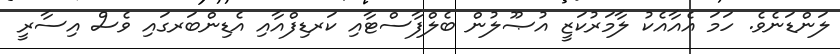
ލަންޑަނެވެ. ހަމަ އެއާއެކު ލާމަރުކަޒީ އުޞޫލުން ބެލްފާސްޓާއި ކަރޑިފްއާއި އެޑިންބަރގައި ވެސް އިސާރީ